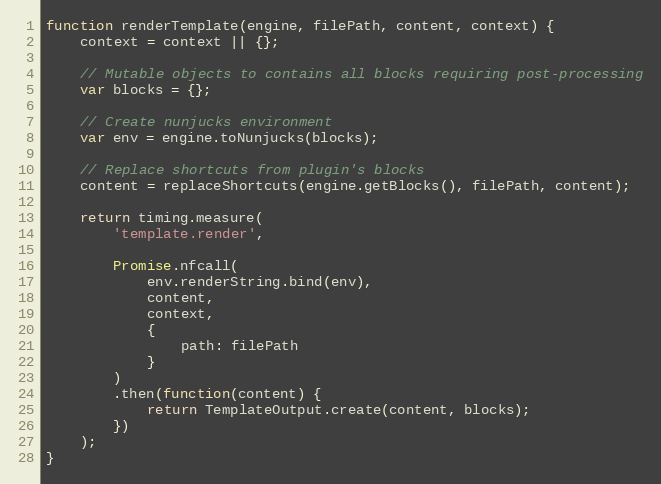
Language: JavaScript
function renderTemplate(engine, filePath, content, context) {
    context = context || {};

    // Mutable objects to contains all blocks requiring post-processing
    var blocks = {};

    // Create nunjucks environment
    var env = engine.toNunjucks(blocks);

    // Replace shortcuts from plugin's blocks
    content = replaceShortcuts(engine.getBlocks(), filePath, content);

    return timing.measure(
        'template.render',

        Promise.nfcall(
            env.renderString.bind(env),
            content,
            context,
            {
                path: filePath
            }
        )
        .then(function(content) {
            return TemplateOutput.create(content, blocks);
        })
    );
}